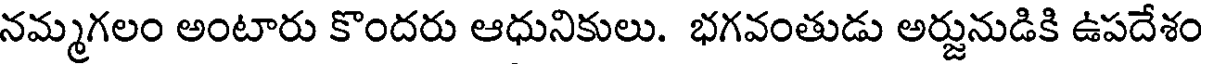
నమ్మగలం అంటారు కొందరు ఆధునికులు. భగవంతుడు అర్జునుడికి ఉపదేశం